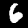
Label: 6